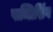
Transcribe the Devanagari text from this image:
पाब्लिशिंग